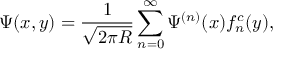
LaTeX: \Psi ( { x } , y ) = \frac { 1 } { \sqrt { 2 \pi R } } \sum _ { n = 0 } ^ { \infty } \Psi ^ { ( n ) } ( { x } ) f _ { n } ^ { c } ( y ) ,